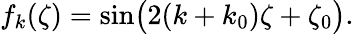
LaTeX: f_{k}(\zeta)=\sin\bigl(2(k+k_{0})\zeta+\zeta_{0}\bigr).